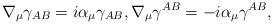
LaTeX: \begin{align*}\nabla _{\mu }\gamma _{AB}=i\alpha _{\mu }\gamma _{AB},\nabla _{\mu}\gamma ^{AB}=-i\alpha _{\mu }\gamma ^{AB}, \end{align*}